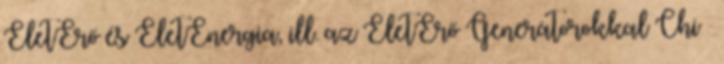
ÉletErő és ÉletEnergia, ill. az ÉletErő Generátorokkal Chi